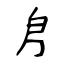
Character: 㐆